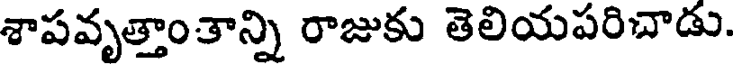
శాపవృత్తాంతాన్ని రాజుకు తెలియపరిచాడు.